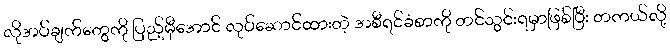
လိုအပ်ချက်တွေကို ပြည့်မှီအောင် လုပ်ဆောင်ထားတဲ့ အစီရင်ခံစာကို တင်သွင်းရမှာဖြစ်ပြီး တကယ်လို့